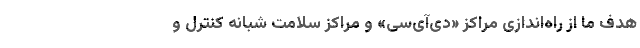
هدف ما از راه‌اندازی مراکز «دی‌آی‌سی» و مراکز سلامت شبانه کنترل و